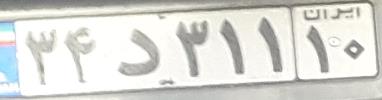
۳۴د۳۱۱۱۰